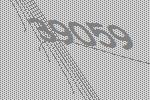
39059